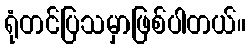
ရုံတင်ပြသမှာဖြစ်ပါတယ်။